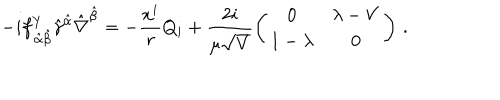
- i f _ { \, \hat { \alpha } \hat { \beta } } ^ { Y } \hat { \gamma } ^ { \hat { \alpha } } \hat { \nabla } ^ { \hat { \beta } } = - \frac { x ^ { i } } { r } Q _ { i } + \frac { 2 i } { \mu \sqrt { V } } \left( \begin{array} { c c } { { 0 } } & { { \lambda - V } } \\ { { 1 - \lambda } } & { { 0 } } \\ \end{array} \right) \, .